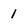
Character: 1